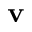
\textbf { v }